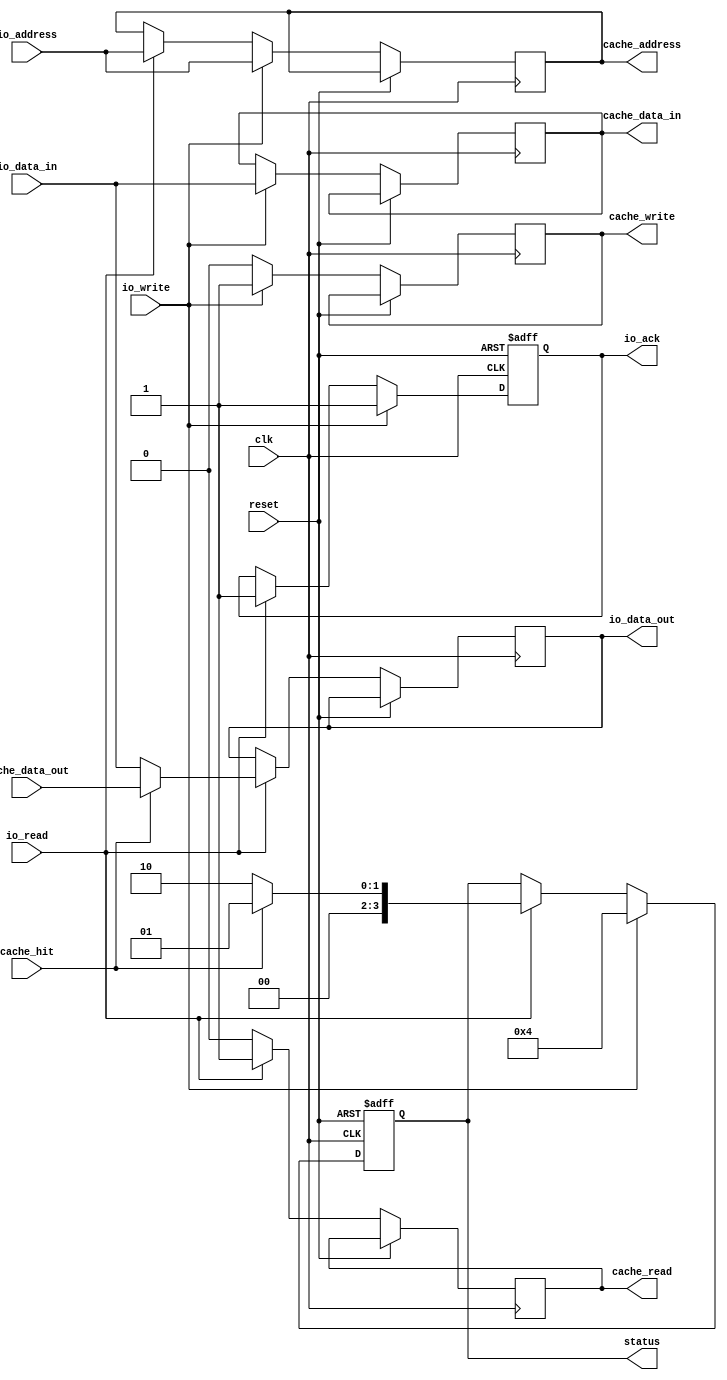
module IO_Block_with_Separate_Cache(
    input wire clk,
    input wire reset,
    
    // I/O Interface Signals
    input wire [31:0] io_address,
    input wire [31:0] io_data_in,
    output reg [31:0] io_data_out,
    input wire io_read,
    input wire io_write,
    output reg io_ack,

    // Cache Signals
    output reg [31:0] cache_address,
    output reg [31:0] cache_data_in,
    input wire [31:0] cache_data_out,
    output reg cache_read,
    output reg cache_write,
    input wire cache_hit,
    
    // Status Registers
    output reg [3:0] status
);

// Cache Parameters
parameter CACHE_SIZE = 256;
parameter DATA_WIDTH = 32;

// Cache Memory
reg [DATA_WIDTH-1:0] cache_memory [0:CACHE_SIZE-1];
reg [31:0] cache_tags [0:CACHE_SIZE-1];
reg [CACHE_SIZE-1:0] valid_bits;

// Control Logic
always @(posedge clk or posedge reset) begin
    if (reset) begin
        // Reset logic
        io_ack <= 0;
        status <= 0;
        valid_bits <= 0;
    end else begin
        // I/O Read Operation
        if (io_read) begin
            cache_address <= io_address; // Decode address for cache access
            cache_read <= 1;
            io_ack <= 0;
            if (cache_hit) begin
                io_data_out <= cache_data_out; // Cache hit
                io_ack <= 1;
                status <= 4'b0001; // Cache hit status
            end else begin
                // Cache miss logic (fetch from I/O or main memory)
                // For simplicity, assume direct fetch from I/O
                io_data_out <= io_data_in; // Simulating I/O read
                io_ack <= 1;
                status <= 4'b0010; // Cache miss status
            end
        end else begin
            cache_read <= 0;
        end
        
        // I/O Write Operation
        if (io_write) begin
            cache_address <= io_address; // Decode address for cache access
            cache_data_in <= io_data_in; // Data to write
            cache_write <= 1;
            io_ack <= 0;
            // Write data to cache
            cache_memory[io_address[7:0]] <= io_data_in; // Simple direct-mapped cache
            valid_bits[io_address[7:0]] <= 1; // Set valid bit
            io_ack <= 1;
            status <= 4'b0100; // Write operation status
        end else begin
            cache_write <= 0;
        end
    end
end

endmodule